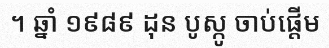
។ ឆ្នាំ ១៩៨៩ ដុន បូស្កូ ចាប់ផ្តើម